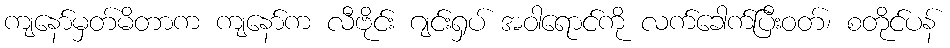
ကျနော်မှတ်မိတာက ကျနော်က လီဗိုင်း ဂျင်းရှပ် အဝါရောင်ကို လက်ခေါက်ပြီးဝတ်၊ စတိုင်ပန်